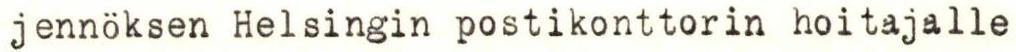
jennöksen Helsingin postikonttorin hoitajalle